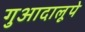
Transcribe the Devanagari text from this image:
गुआदालूपे